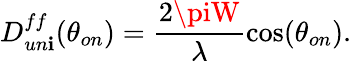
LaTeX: D_{un\mathbf{i}}^{ff}(\theta_{on})=\frac{{2\piW}}{{\lambda}}\cos(\theta_{on}).